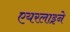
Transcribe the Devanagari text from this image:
एयरलाइने